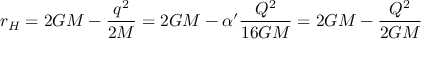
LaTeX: r _ { H } = 2 G M - \frac { q ^ { 2 } } { 2 M } = 2 G M - \alpha ^ { \prime } \frac { Q ^ { 2 } } { 1 6 G M } = 2 G M - \frac { Q ^ { 2 } } { 2 G M }